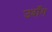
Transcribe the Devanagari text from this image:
उदाँग